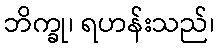
ဘိက္ခု၊ ရဟန်းသည်၊